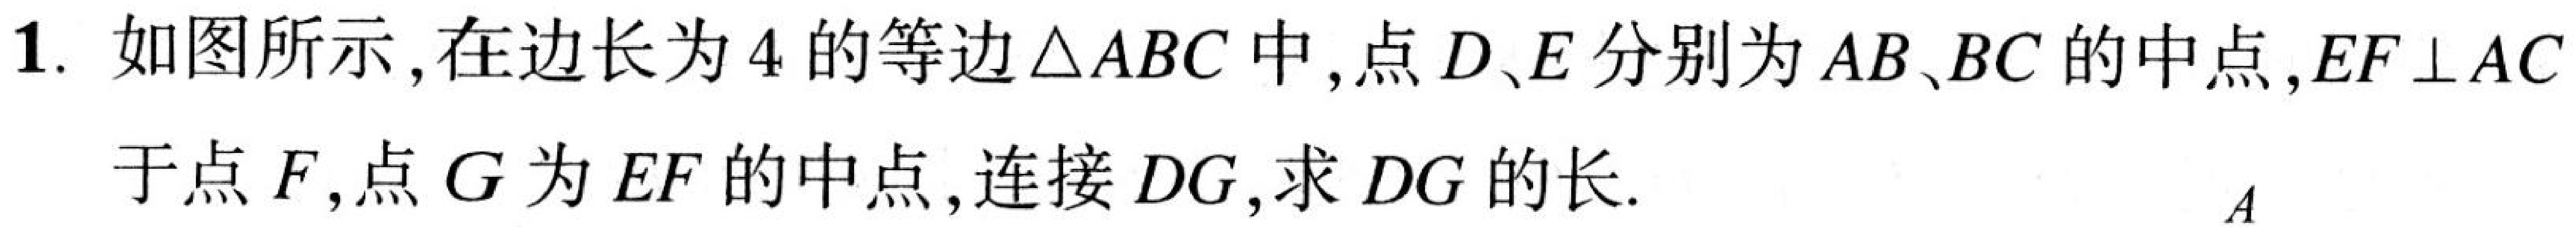
1. 如图所示，在边长为\(4\)的等边\(\triangle ABC\)中，点\(D、E\)分别为\(AB、BC\)的中点，\(EF\bot AC\)于点\(F\)，点\(G\)为\(EF\)的中点，连接\(DG\)，求\(DG\)的长.